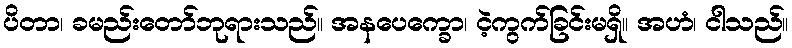
ပိတာ၊ ခမည်းတော်ဘုရားသည်။ အနပေက္ခော၊ ငဲ့ကွက်ခြင်းမရှိ။ အဟံ၊ ငါသည်။